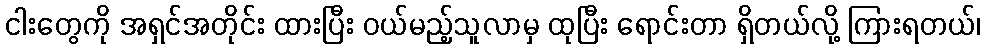
ငါးတွေကို အရှင်အတိုင်း ထားပြီး ဝယ်မည့်သူလာမှ ထုပြီး ရောင်းတာ ရှိတယ်လို့ ကြားရတယ်၊